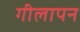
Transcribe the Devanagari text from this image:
गीलापन